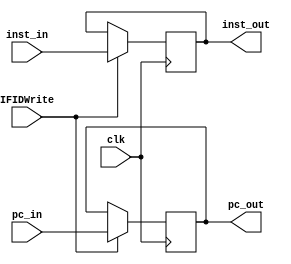
`timescale 1ns / 1ps
//////////////////////////////////////////////////////////////////////////////////
// Company: 
// Engineer: 
// 
// Design Name: 
// Module Name: ifidbuff
// Project Name: 
// Target Devices: 
// Tool Versions: 
// Description: IF/ID is a buffer between the IF and ID stages
// 
// Dependencies: 
// 
// Revision:
// Revision 0.01 - File Created
// Additional Comments:
// 
//////////////////////////////////////////////////////////////////////////////////


module iftoidbuff(clk, IFIDWrite, inst_in, pc_in,inst_out, pc_out);
input IFIDWrite;
input [31:0]inst_in;
input [31:0]pc_in;
output reg [31:0]inst_out;
output reg [31:0]pc_out;

input clk;

initial
begin
    inst_out = 0;
    pc_out = 0;
end

always@(posedge clk)
begin
    // only pass inputs to outputs if we are allowing IF/ID buffer to write, else hold current values
    if (IFIDWrite == 1)
    begin
        inst_out = inst_in;
        pc_out = pc_in;
    end     
end

endmodule